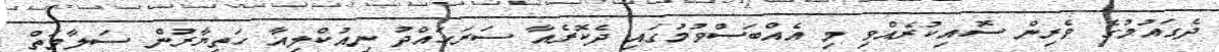
ދެގައުމުގެ ވެރިން ސޮއިކުރެއްވި މި އެއްބަސްވުމުގައި ދެކޮރެއާ ސަރަހައްދު ނިއުކްލިއާ ހަތިޔާރުން ސަލާމަތް